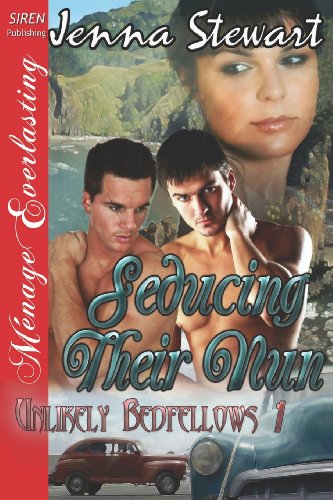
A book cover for Seducing Their Nun [Unlikely Bedfellows 1] (Siren Publishing Menage Everlasting) (Unlikely Bedfellows, Siren Publishing Menage Everlasting); Jenna Stewart; Romance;